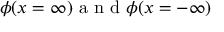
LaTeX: \phi ( x = \infty ) \textrm { a n d } \phi ( x = - \infty )